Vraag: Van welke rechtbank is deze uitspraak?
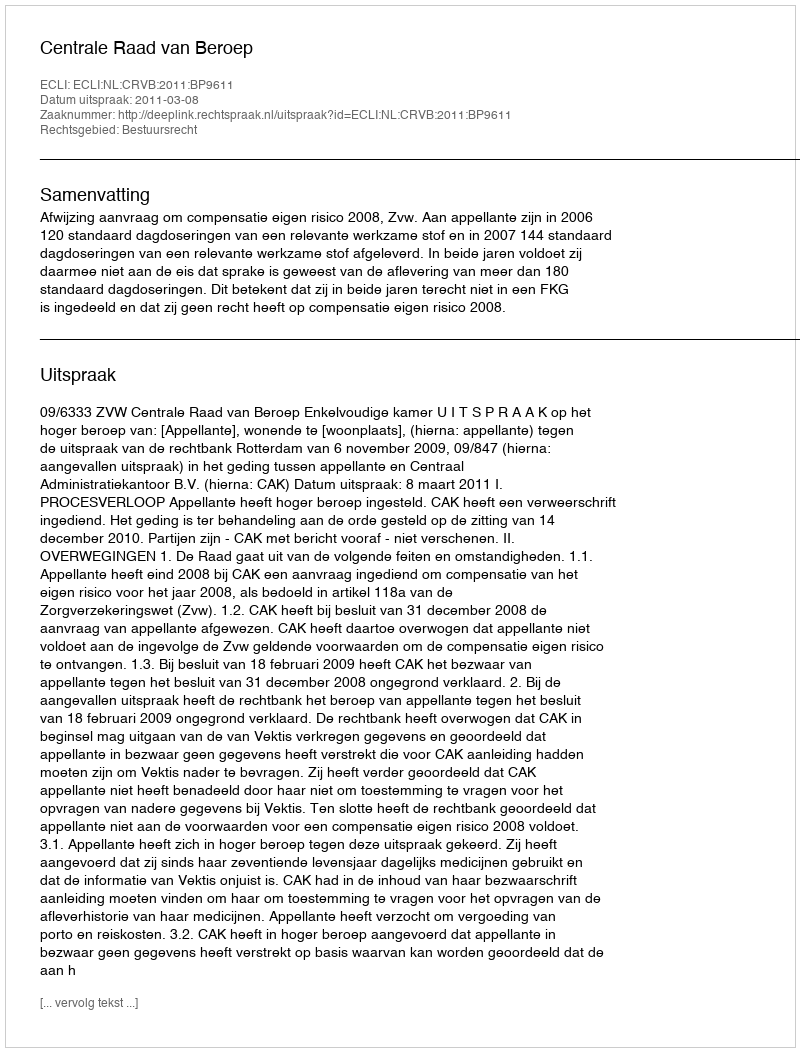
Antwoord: Centrale Raad van Beroep